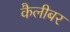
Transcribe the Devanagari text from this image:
कैलीबर